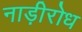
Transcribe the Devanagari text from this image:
नाड़ीरोध